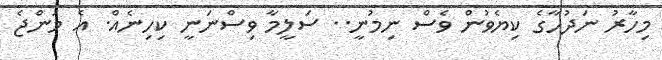
މިހާރު ނަދުހާގެ ކިޔެވުން ވެސް ނިމުނީ.. ސަލީމާ ވިސްނަނީ ކިހިނެއް. އެ މަންޖެ